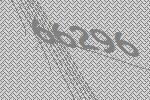
66296